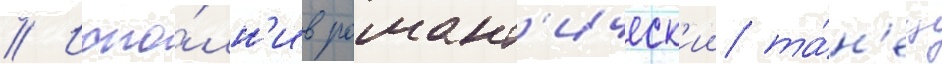
// Испо́лн'ив романт'ическ'ии та́н'ец